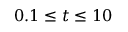
0 . 1 \leq t \leq 1 0